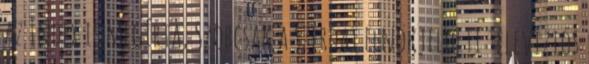
az Index is megírta, Szobcsak a szerdai elnökjelölti televíziós